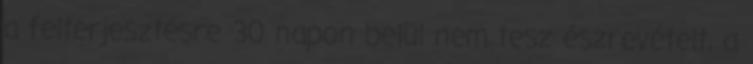
a felterjesztésre 30 napon belül nem tesz észrevételt, a